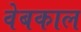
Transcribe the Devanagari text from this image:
वेबकाल